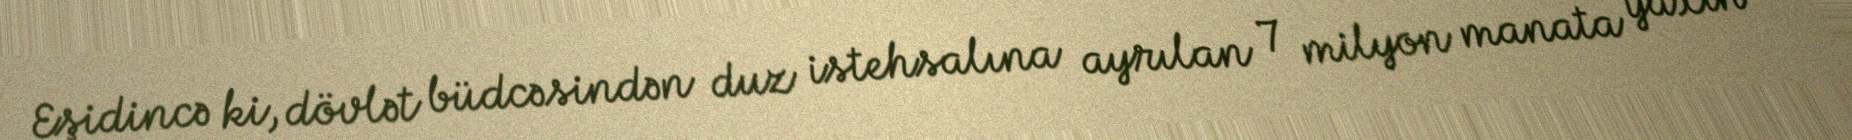
Eşidincə ki, dövlət büdcəsindən duz istehsalına ayrılan 7 milyon manata yaxın